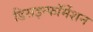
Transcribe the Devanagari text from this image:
डिसइन्फॉर्मेशन